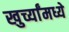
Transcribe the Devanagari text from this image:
खुर्च्यांमध्ये